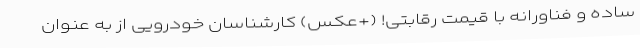
ساده و فناورانه با قیمت رقابتی! (+عکس) کارشناسان خودرویی از به عنوان